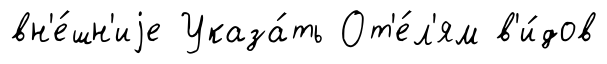
вн'е́шн'иjе Указа́ть От'е́л'ям в'и́дов